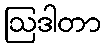
ဩဒါတာ